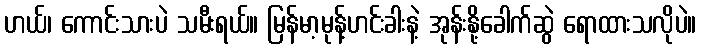
ဟယ်၊ ကောင်းသားပဲ သမီးရယ်။ မြန်မာ့မုန့်ဟင်းခါးနဲ့ အုန်းနို့ခေါက်ဆွဲ ရောထားသလိုပဲ။